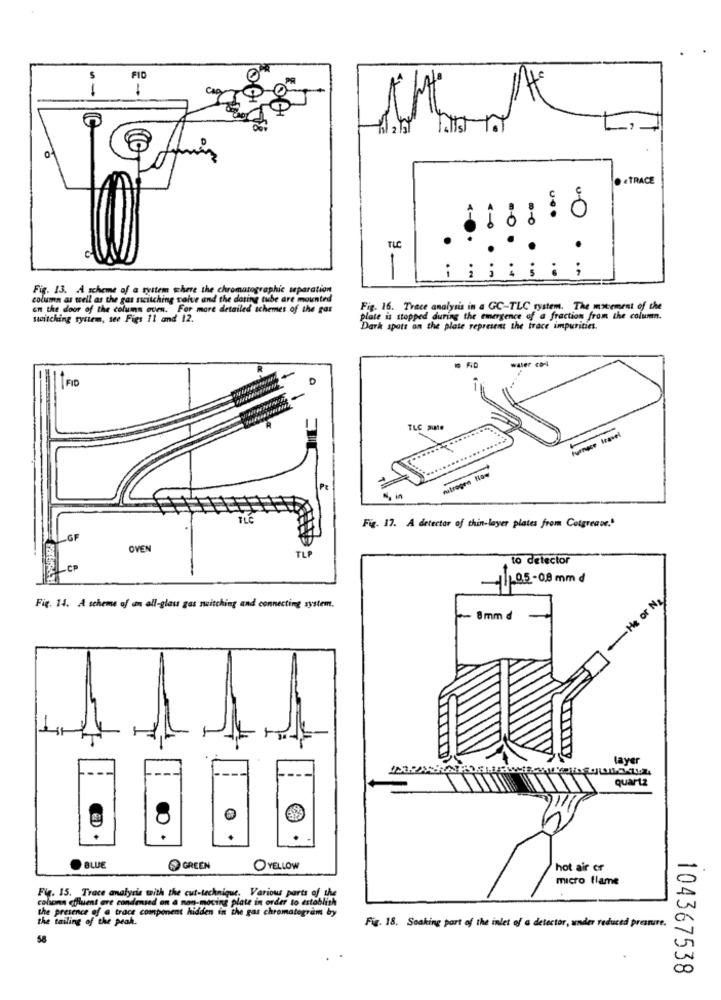
FID
--
O
. &TRACE
.0
.
TUE
.
.
..
Fig. 13. A scheme of a system where the chromatographic separation
column as well as the gas nicitching valve and the dating tube are mounted
on the door of the column oven. For more detailed schemes of the gas
Fig. 16. Trace analysis in a GC-TLC system. The mixement of the
switching tyriem, see Figs 11 and 12.
plate is stopped during the emergence of a fraction from the column.
Dark spots on the plate represent the trace impurities.
FID
furnace travel
nutrogen tion
Pr
Fig. 17. A detectar of thin-layer plates from Cotgrease.'
OVEN
TLP
to detector
1/105-08 mmd
-He or N2
Fig. 14. A scheme of an all-glass gas switching and connecting system.
8 mm
layer
quartz
BLUE
GREEN
YELLOW
hot air or
micro flame
Fig. 15. Trace analysis with the cut-technique. Various parts of the
colons effluent are condensed on a non-mocing plate in order to establish
the presence of @ trace component hidden in the gas chromatogram by
the tailing of the peak.
Fig. 18. Soaking part of the inlet of a detector, under reduced pressure.
58
104367538